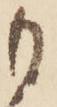
も